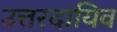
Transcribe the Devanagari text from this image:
उत्तरदायिव